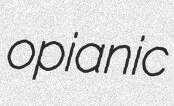
opianic